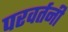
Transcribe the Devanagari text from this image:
परवर्तनी